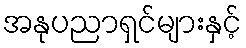
အနုပညာရှင်များနှင့်